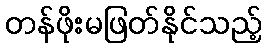
တန်ဖိုးမဖြတ်နိုင်သည့်